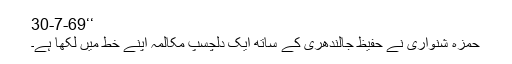
‘‘30-7-69
حمزہ شنواری نے حفیظ جالندھری کے ساتھ ایک دلچسپ مکالمہ اپنے خط میں لکھا ہے۔